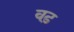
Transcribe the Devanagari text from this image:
वढ़